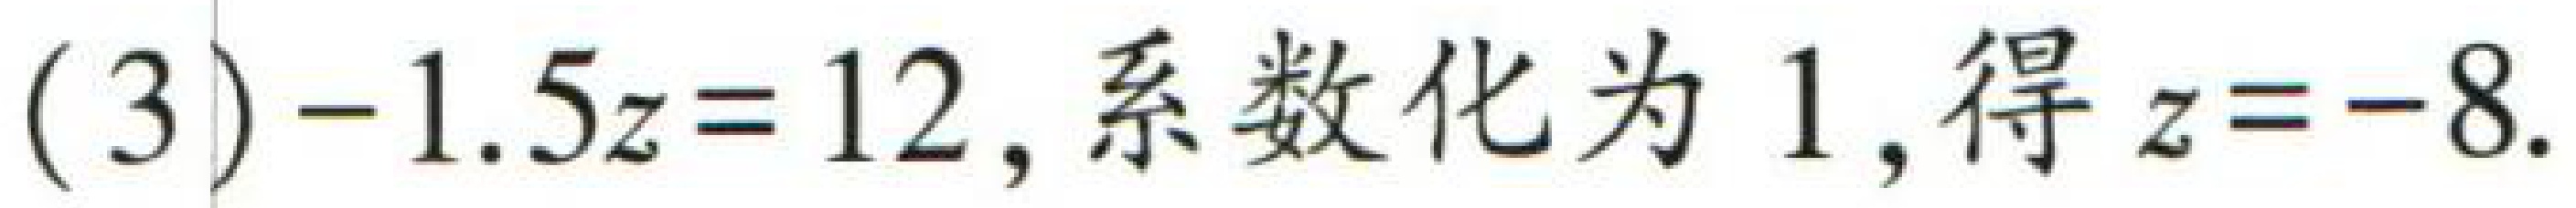
(3)$-1.5z = 12$, 系数化为 1, 得$z = -8$.